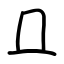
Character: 𠀃